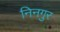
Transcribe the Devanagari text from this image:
निनगुर